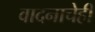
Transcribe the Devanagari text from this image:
वादनाचेही